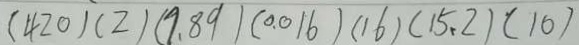
( 4 2 0 ) ( 2 ) ( 9 . 8 9 ) ( 0 . 0 1 6 ) ( 1 6 ) ( 1 5 . 2 ) ( 1 0 )